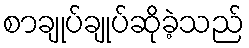
စာချုပ်ချုပ်ဆိုခဲ့သည်